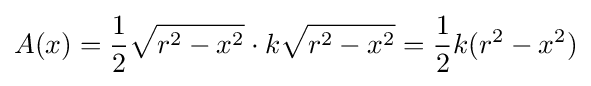
A(x)={1 \over 2}{\sqrt {r^{2}-x^{2}}}\cdot k{\sqrt {r^{2}-x^{2}}}={1 \over 2}k(r^{2}-x^{2})